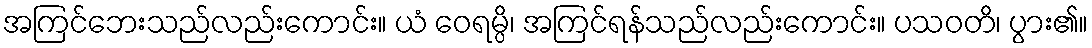
အကြင်ဘေးသည်လည်းကောင်း။ ယံ ဝေရမ္ပိ၊ အကြင်ရန်သည်လည်းကောင်း။ ပသဝတိ၊ ပွား၏။